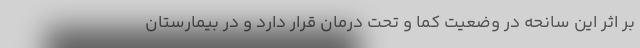
بر اثر این سانحه در وضعیت کما و تحت درمان قرار دارد و در بیمارستان